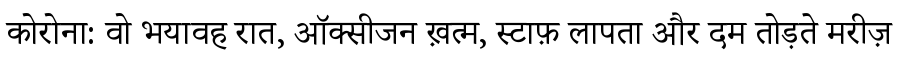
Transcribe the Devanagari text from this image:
कोरोना: वो भयावह रात, ऑक्सीजन ख़त्म, स्टाफ़ लापता और दम तोड़ते मरीज़